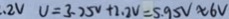
. 2 V U = 3 . 2 5 V + 2 . 2 V = 5 . 9 5 V \approx 6 V